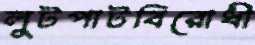
লুটপাটবিরোধী